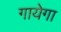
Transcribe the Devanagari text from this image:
गायेगा